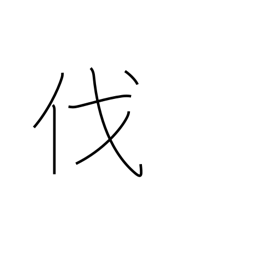
Meaning: strike